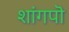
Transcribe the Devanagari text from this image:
शांगपॊ